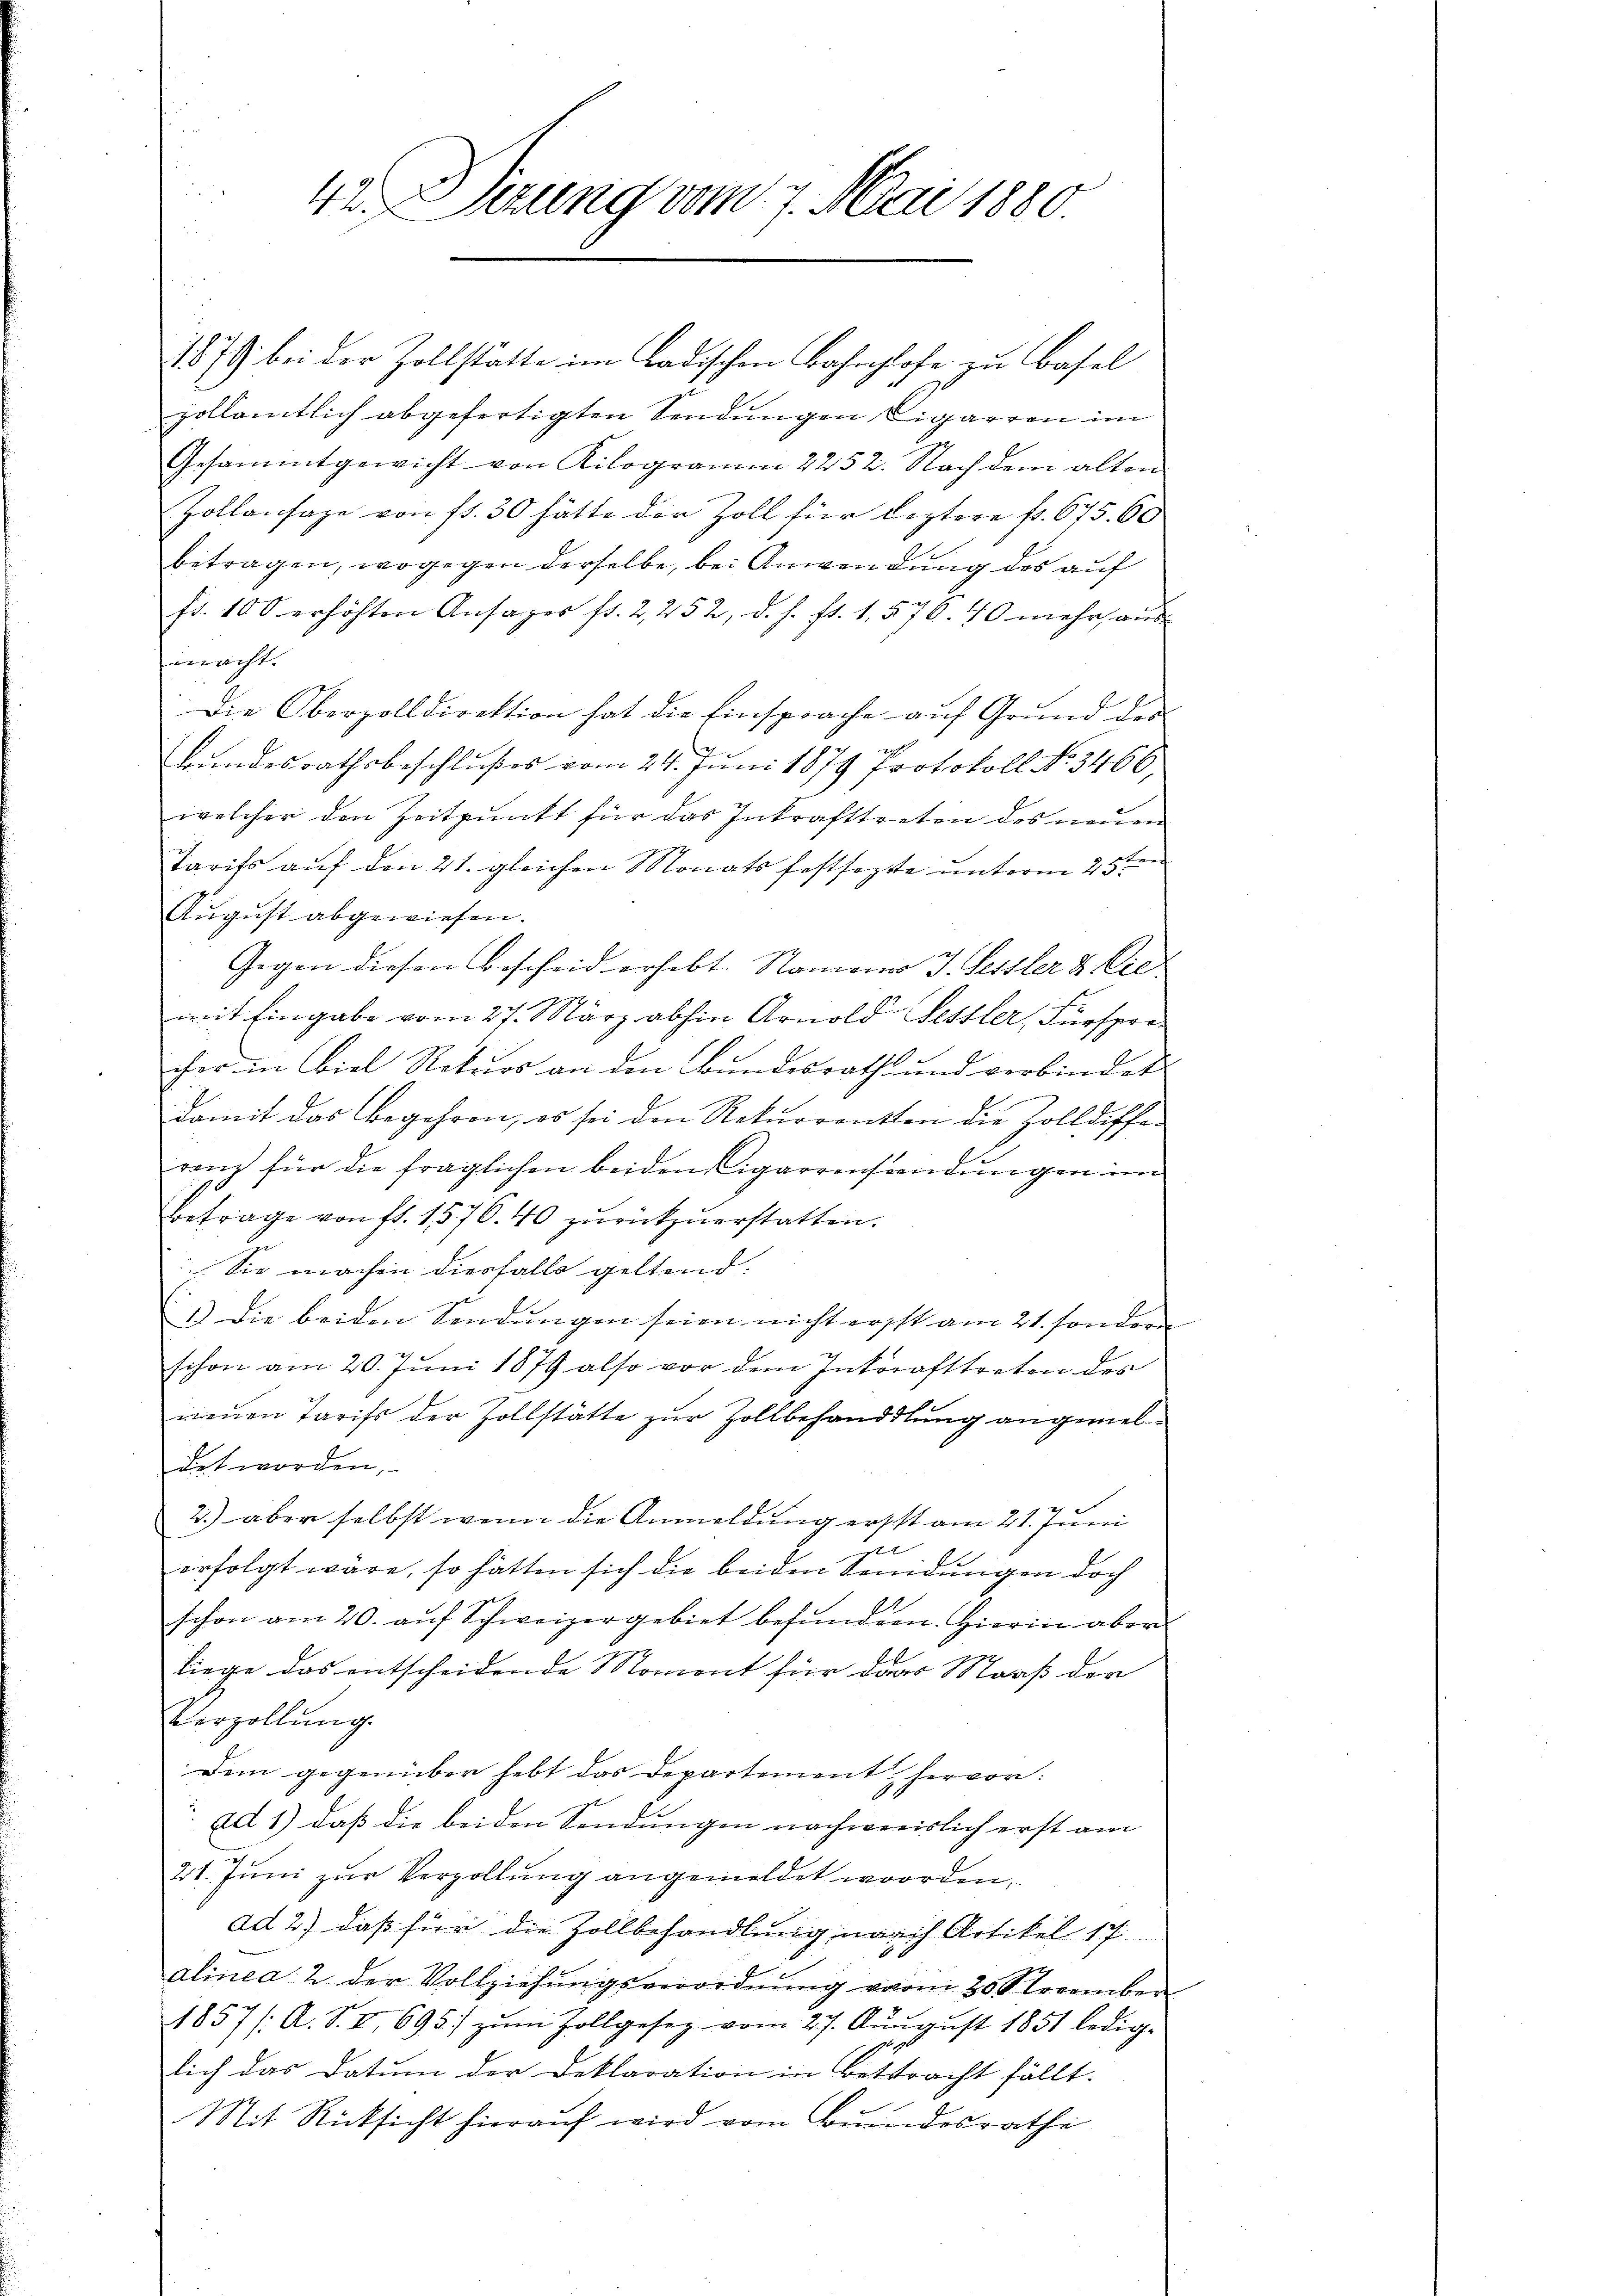
4 Sizung vom 7. Mai 1880

1879 bei der Zollstätte im Badischen Bahnhofe zu Basel
zöllamtlich abgefertigten Sendungen Cigarren im
Gesammtgewicht von Kilogramm 2252. Nach dem alten
Zollansage von fl. 30 hätte der Zoll für leztere fr. 675. 60
betragen, wogegen derselbe, bei Anwendung des auf
fr. 100 erhöhten Ansages fr. 2,252, d. h. fl. 1. 576. 40 mehr aus
mmacht.
Die Oberzolldirektion hat die Einsprache auf Grund der
Bundesrathsbeschlußes vom 24. Juni 1879 Protokoll No 3466,
welcher den Zeitpunkt für das Inkrafttreten des neuen
Tarifs auf den 21. gleichen Monats festsezte unterm 25ten
August abgewiesen.
Gegen diesen Bescheid erhebt. Namens J. Fessler & Cie
mit Eingabe vom 27. März abhin Arnold Fessler, Fürspre
cher in Biel Rekurs an den Bundesrath und verbindet
damit das Begehren, es sei den Rekurrenten die Zolldiffe-
rem für die fraglichen beiden Cigarrensendungen im
Befrage von fl. 1576. 40 zŭrückzuerstatten.
 Sie machen diesfalls geltend:
2.) Die beiden Sendungen seien nicht erst am 21. sondern
schon am 20. Juni 1879 also vor dem Inkrafttreten des
mnen Tarifs der Zollstätte zur Zollbehandlung angemeldet worden,
2.) aber selbst wenn die Anmeldung erst am 21. Juni
l
erfolgt wäre, so hätten sich die beiden Sendungen doch
schon am 20. aŭf Schweizergebiet befŭnden. Hierin aber
liege das entscheidende Moment für dass Maaß der
Verzollŭng.
Dem gegenüber hebt das Departement hervor:
Ad 1) daß die beiden Sendungen nachweislich erst am
21. Juni zur Verzollung angemeldet worden,
ad 2) daß für die Zollbehandlung nach Artikel 17
alinea 2. der Vollziehŭngsverordnung vom 20. November
1857/A. S. II 695) zŭm Zollgesez vom 27. August 1851 ledig-
lich das Datum der Deklaration in Bettracht fällt.
e
Mit Rücksicht hierauf wird vom Bundesrathe